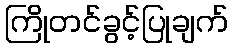
ကြိုတင်ခွင့်ပြုချက်